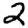
Digit: 2